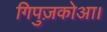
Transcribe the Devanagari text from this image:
गिपुज़कोआ।